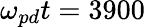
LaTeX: \omega_{pd}t=3900